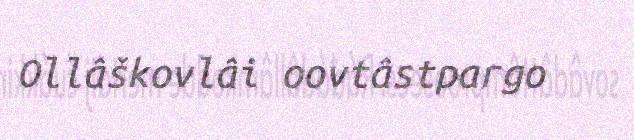
Ollâškovlâi oovtâstpargo